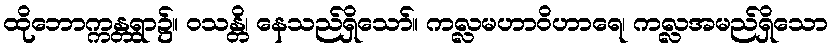
ထိုဘောက္ကန္တရွာ၌။ ဝသန္တိ၊ နေသည်ရှိသော်။ ကလ္လမဟာဝိဟာရေ၊ ကလ္လအမည်ရှိသော